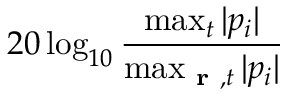
2 0 \log _ { 1 0 } { \frac { \operatorname* { m a x } _ { t } { | p _ { i } | } } { \operatorname* { m a x } _ { \textbf { r } , t } { | p _ { i } | } } }